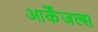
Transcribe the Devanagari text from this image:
आर्केंजल्स